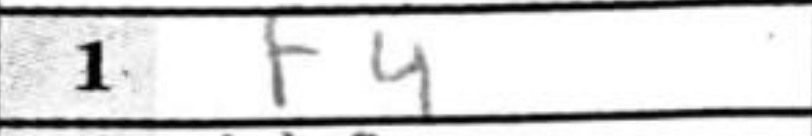
Transcription: f4